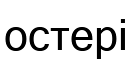
остері